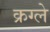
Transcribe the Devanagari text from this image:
क्रग्ले